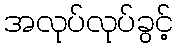
အလုပ်လုပ်ခွင့်